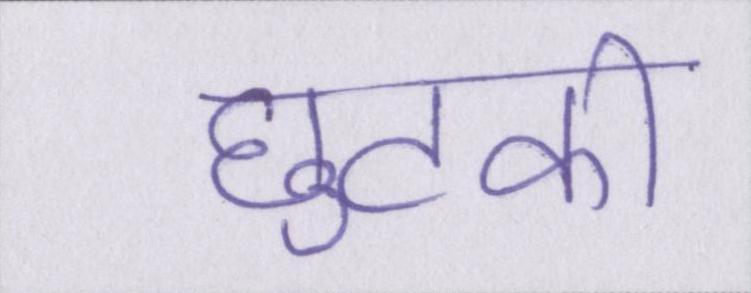
छुटकी